画像に写った文字を読んでください
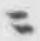
「ニ」と書いてあります